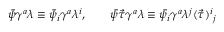
\bar { \psi } \gamma ^ { a } \lambda \equiv \bar { \psi } _ { i } \gamma ^ { a } \lambda ^ { i } , \qquad \bar { \psi } \vec { \tau } \gamma ^ { a } \lambda \equiv \bar { \psi } _ { i } \gamma ^ { a } \lambda ^ { j } ( \vec { \tau } ) ^ { i } { } _ { j }